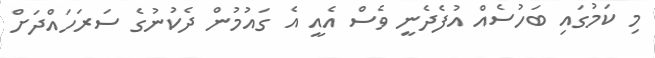
މި ކަމުގައި ބަހުސެއް އުފެދެނީ ވެސް އެއީ އެ ގައުމުން ދެކުނުގެ ސަރަހައްދަށް